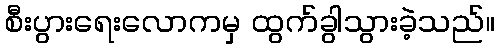
စီးပွားရေးလောကမှ ထွက်ခွါသွားခဲ့သည်။